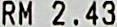
RM 2.43